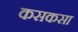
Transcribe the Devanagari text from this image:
कसकसा